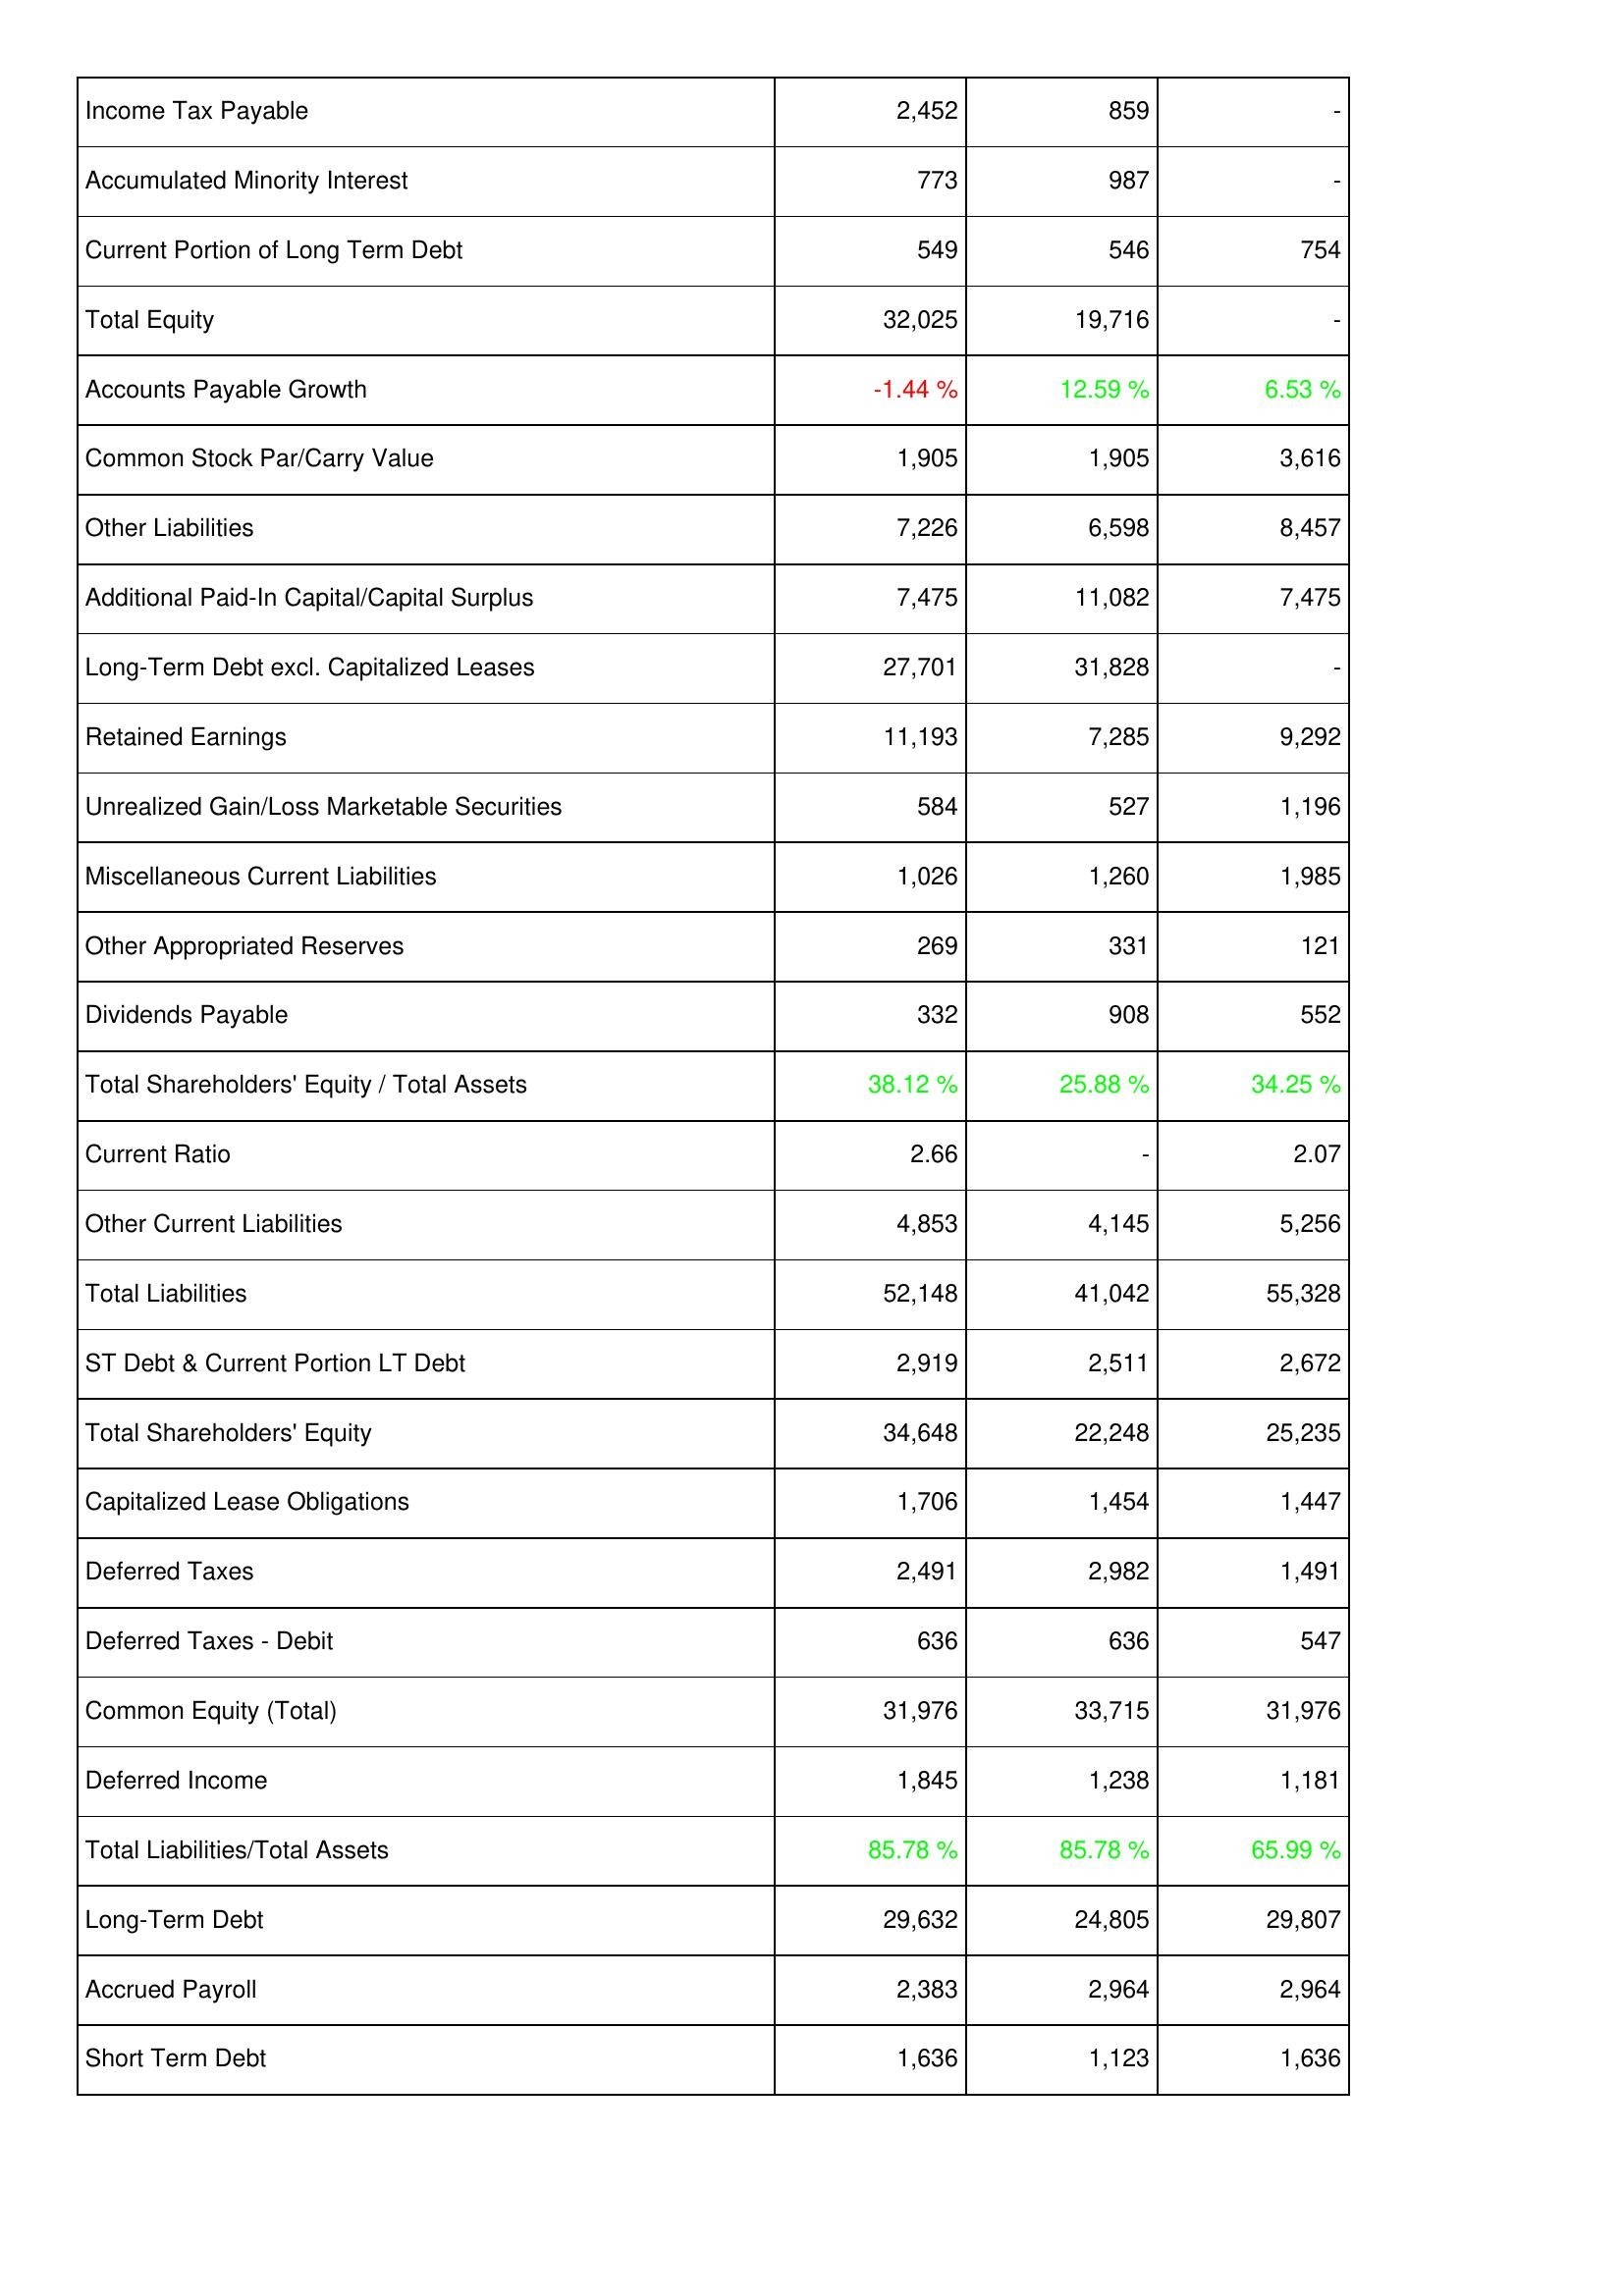
2012: Liabilities & Shareholders' Equity: Income Tax Payable: 2,452
Accumulated Minority Interest: 773
Current Portion of Long Term Debt: 549
Total Equity: 32,025
Accounts Payable Growth: -1.44 %
Common Stock Par/Carry Value: 1,905
Other Liabilities: 7,226
Additional Paid-In Capital/Capital Surplus: 7,475
Long-Term Debt excl. Capitalized Leases: 27,701
Retained Earnings: 11,193
Unrealized Gain/Loss Marketable Securities: 584
Miscellaneous Current Liabilities: 1,026
Other Appropriated Reserves: 269
Dividends Payable: 332
Total Shareholders' Equity / Total Assets: 38.12 %
Current Ratio: 2.66
Other Current Liabilities: 4,853
Total Liabilities: 52,148
ST Debt & Current Portion LT Debt: 2,919
Total Shareholders' Equity: 34,648
Capitalized Lease Obligations: 1,706
Deferred Taxes: 2,491
Deferred Taxes - Debit: 636
Common Equity (Total): 31,976
Deferred Income: 1,845
Total Liabilities/Total Assets: 85.78 %
Long-Term Debt: 29,632
Accrued Payroll: 2,383
Short Term Debt: 1,636
2011: Liabilities & Shareholders' Equity: Income Tax Payable: 859
Accumulated Minority Interest: 987
Current Portion of Long Term Debt: 546
Total Equity: 19,716
Accounts Payable Growth: 12.59 %
Common Stock Par/Carry Value: 1,905
Other Liabilities: 6,598
Additional Paid-In Capital/Capital Surplus: 11,082
Long-Term Debt excl. Capitalized Leases: 31,828
Retained Earnings: 7,285
Unrealized Gain/Loss Marketable Securities: 527
Miscellaneous Current Liabilities: 1,260
Other Appropriated Reserves: 331
Dividends Payable: 908
Total Shareholders' Equity / Total Assets: 25.88 %
Current Ratio: -
Other Current Liabilities: 4,145
Total Liabilities: 41,042
ST Debt & Current Portion LT Debt: 2,511
Total Shareholders' Equity: 22,248
Capitalized Lease Obligations: 1,454
Deferred Taxes: 2,982
Deferred Taxes - Debit: 636
Common Equity (Total): 33,715
Deferred Income: 1,238
Total Liabilities/Total Assets: 85.78 %
Long-Term Debt: 24,805
Accrued Payroll: 2,964
Short Term Debt: 1,123
2010: Liabilities & Shareholders' Equity: Income Tax Payable: -
Accumulated Minority Interest: -
Current Portion of Long Term Debt: 754
Total Equity: -
Accounts Payable Growth: 6.53 %
Common Stock Par/Carry Value: 3,616
Other Liabilities: 8,457
Additional Paid-In Capital/Capital Surplus: 7,475
Long-Term Debt excl. Capitalized Leases: -
Retained Earnings: 9,292
Unrealized Gain/Loss Marketable Securities: 1,196
Miscellaneous Current Liabilities: 1,985
Other Appropriated Reserves: 121
Dividends Payable: 552
Total Shareholders' Equity / Total Assets: 34.25 %
Current Ratio: 2.07
Other Current Liabilities: 5,256
Total Liabilities: 55,328
ST Debt & Current Portion LT Debt: 2,672
Total Shareholders' Equity: 25,235
Capitalized Lease Obligations: 1,447
Deferred Taxes: 1,491
Deferred Taxes - Debit: 547
Common Equity (Total): 31,976
Deferred Income: 1,181
Total Liabilities/Total Assets: 65.99 %
Long-Term Debt: 29,807
Accrued Payroll: 2,964
Short Term Debt: 1,636